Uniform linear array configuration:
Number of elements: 24
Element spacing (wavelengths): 0.25
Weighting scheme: hamming
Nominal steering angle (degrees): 15
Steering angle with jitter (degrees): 13.069
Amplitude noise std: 0.05
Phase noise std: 0.05

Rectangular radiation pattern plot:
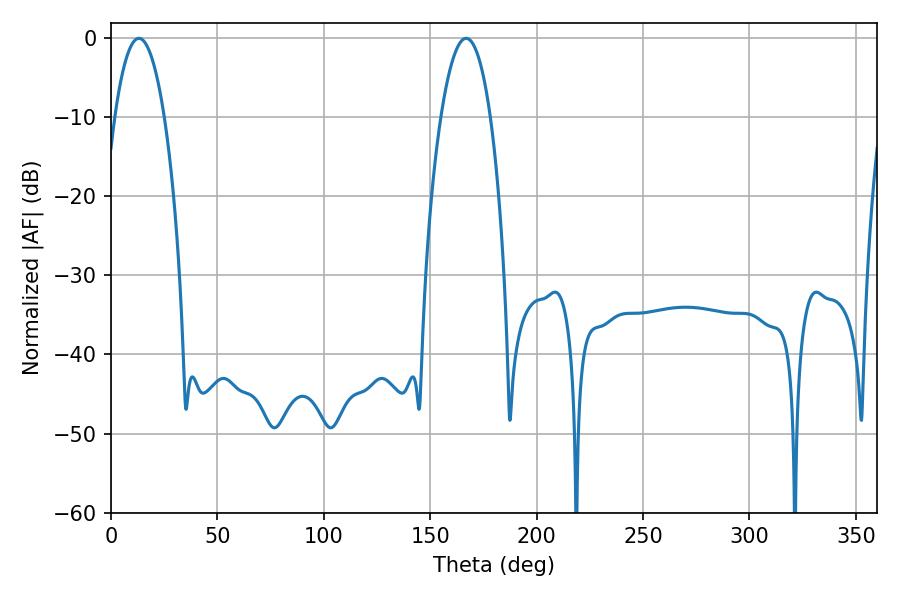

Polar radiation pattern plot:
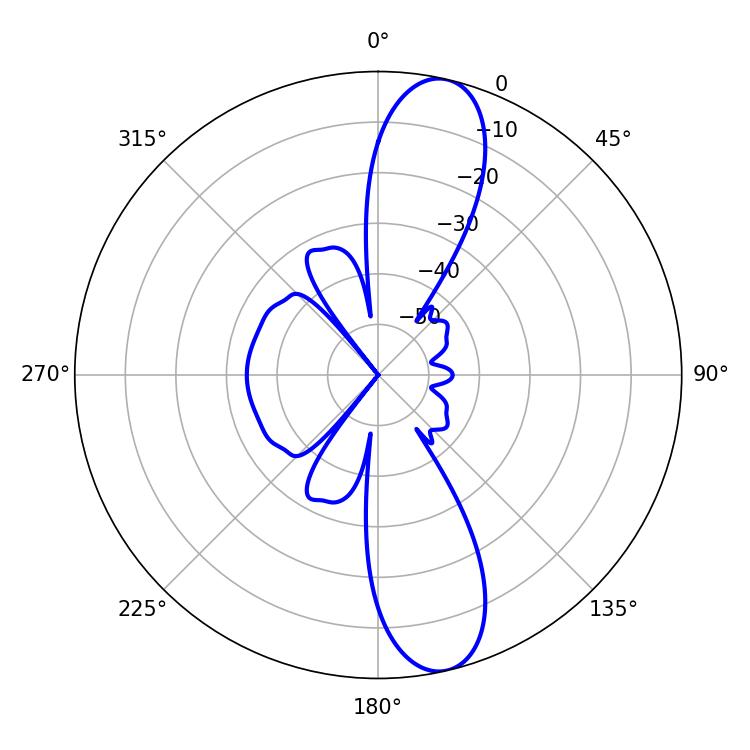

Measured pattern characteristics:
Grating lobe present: FALSE
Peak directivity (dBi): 12.619
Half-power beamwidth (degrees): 12.96
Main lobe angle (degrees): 13.14